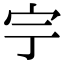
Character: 𡧃